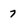
Character: 7